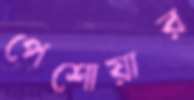
পেশোয়ার